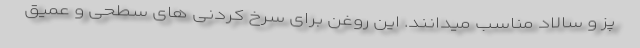
پز و سالاد مناسب میدانند. این روغن برای سرخ کردنی های سطحی و عمیق